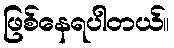
ဖြစ်နေရပါတယ်။